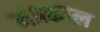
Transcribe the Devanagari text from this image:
मंत्रकाल